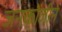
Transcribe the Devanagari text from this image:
जनकोजीने